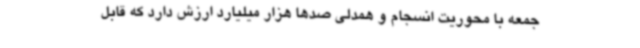
جمعه با محوریت انسجام و همدلی صدها هزار میلیارد ارزش دارد که قابل